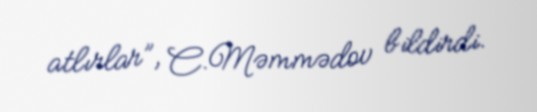
atlırlar”, C.Məmmədov bildirdi.